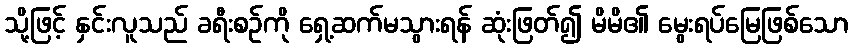
သို့ဖြင့် နှင်းလူသည် ခရီးစဉ်ကို ရှေ့ဆက်မသွားရန် ဆုံးဖြတ်၍ မိမိ၏ မွေးရပ်မြေဖြစ်သော